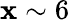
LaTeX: \mathbf{x}\sim6